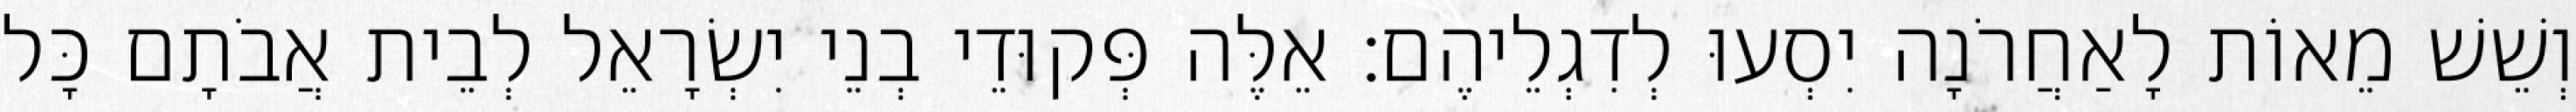
וְשֵׁשׁ מֵאוֹת לָאַחֲרֹנָה יִסְעוּ לְדִגְלֵיהֶם׃ אֵלֶּה פְּקוּדֵי בְנֵי יִשְׂרָאֵל לְבֵית אֲבֹתָם כָּל